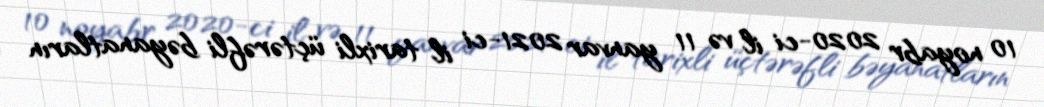
10 noyabr 2020-ci il və 11 yanvar 2021-ci il tarixli üçtərəfli bəyanatların